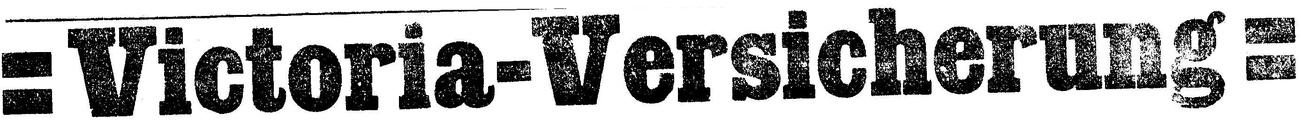
= Victoria-Versicherung=